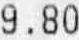
9.80